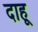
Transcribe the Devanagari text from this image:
दाहू